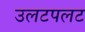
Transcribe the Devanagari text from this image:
उलटपलट